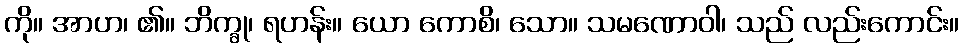
ကို။ အာဟ၊ ၏။ ဘိက္ခု၊ ရဟန်း။ ယော ကောစိ၊ သော။ သမဏောဝါ၊ သည် လည်းကောင်း။